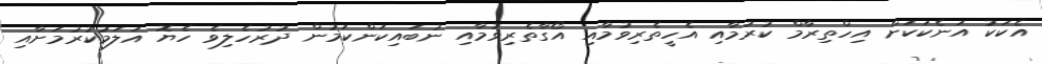
އެކަކު އަނެކަކަށް އިހްތިރާމް ކުރުމާއި އެހީތެރިވުމާއި އޯގާތެރިވުމާއި ނުބައިކަންކަމުން ދުރުހެލިވެ ހެޔޮ އަލަމުކުރުމަށާއި